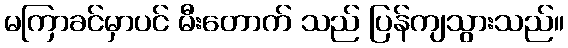
မကြာခင်မှာပင် မီးတောက် သည် ပြန်ကျသွားသည်။